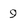
Character: 9